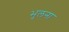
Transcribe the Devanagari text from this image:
भुलना